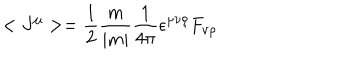
< J ^ { \mu } > = \frac { 1 } { 2 } \frac { m } { | m | } \frac { 1 } { 4 \pi } \epsilon ^ { \mu \nu \rho } F _ { \nu \rho }